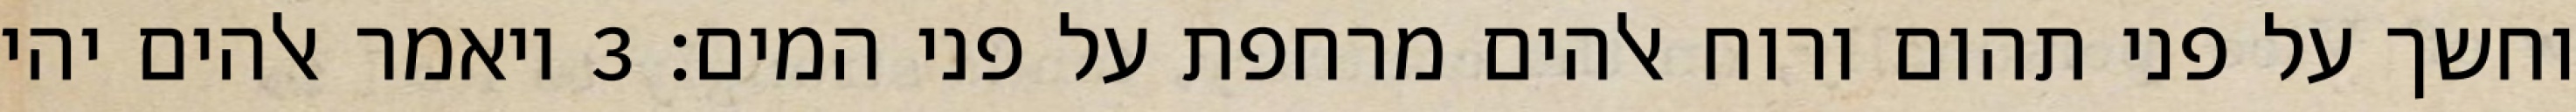
וחשך על פני תהום ורוח אלהים מרחפת על פני המים׃ ‎3‏ ויאמר אלהים יהי